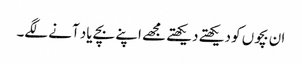
ان بچوں کو دیکھتے دیکھتے مجھے اپنے بچے یاد آنے لگے۔